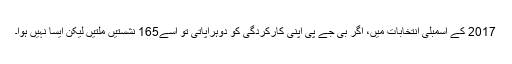
2017 کے اسمبلی انتخابات میں، اگر بی جے پی اپنی کارکردگی کو دوہراپاتی تو اسے165 نشستیں ملتیں لیکن ایسا نہیں ہوا۔